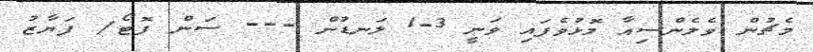
މެޗުން ވެލެންސިއާ މޮޅުވެފައި ވަނީ 3-1 ލަނޑުން --- ސަން ފޮޓޯ/ ފަޔާޒު